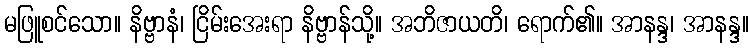
မဖြူစင်သော။ နိဗ္ဗာနံ၊ ငြိမ်းအေးရာ နိဗ္ဗာန်သို့။ အဘိဇာယတိ၊ ရောက်၏။ အာနန္ဒ၊ အာနန္ဒ။